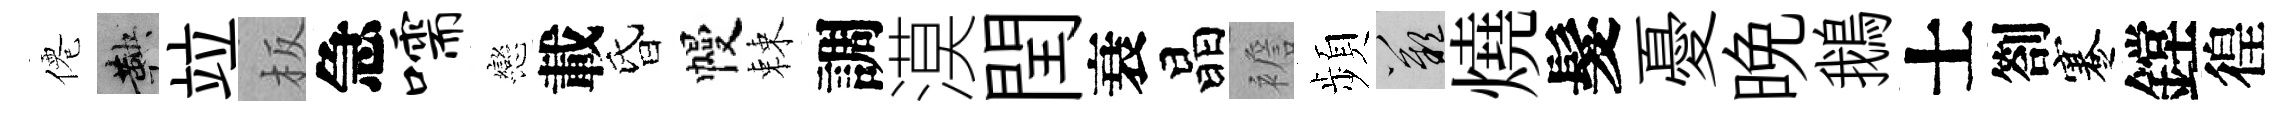
僊鞅竝板急嚅戀載昏幔棘調漠閏衰晶襜頻嘆燒髮憂晩鵝士劄蹇鏜徨